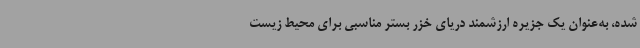
شده، به‌عنوان یک جزیره ارزشمند دریای خزر بستر مناسبی برای محیط زیست